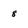
Character: 8